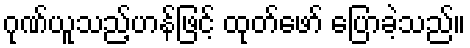
ဂုဏ်ယူသည့်ဟန်ဖြင့် ထုတ်ဖော် ပြောခဲ့သည်။